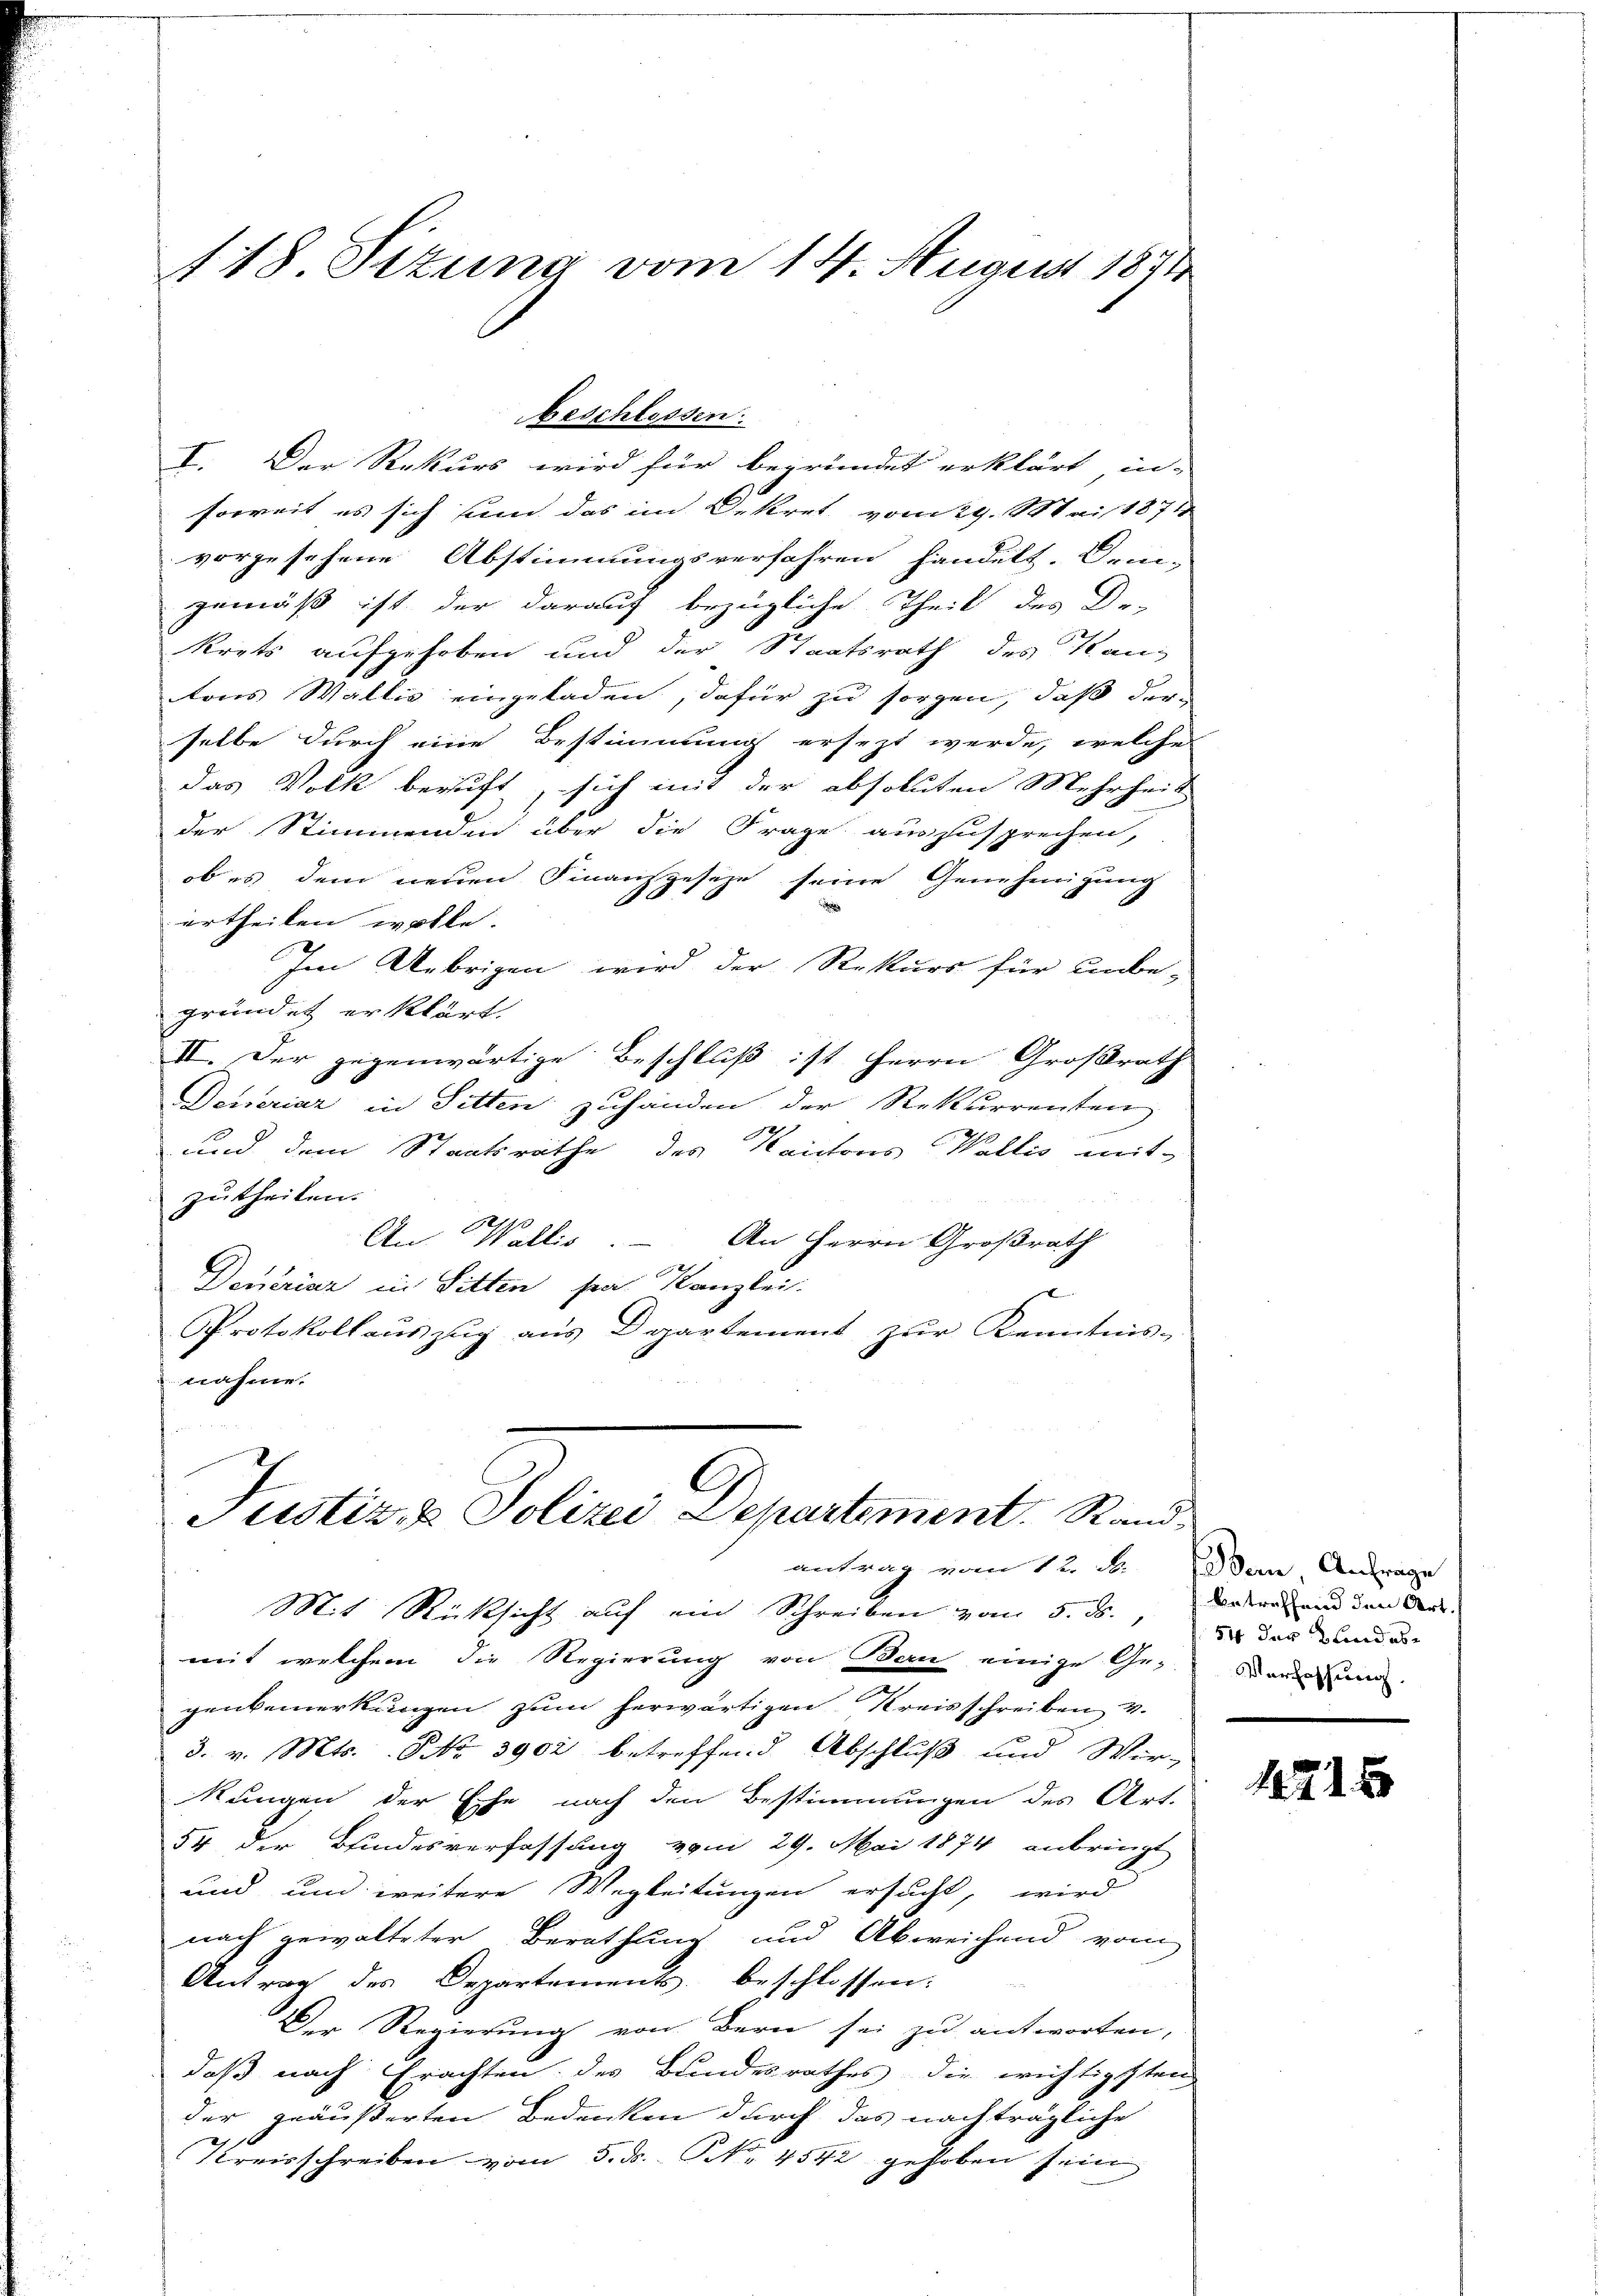
118. Situng vom 14. August 1871

I. Der Rekurs wird für begründet erklärt, in-
soweit es sich und das im Dekret vom 29. Mai 1871
vorgesehene Abstimmungsverfahren handelt. Dreie-
gemäß ist der darauf bezügliche Theil des De-
krets aufgehoben und der Staatsrath des Kantons Wallis eingeladen, dafür zu sorgen, daß der
selbe durch eine Bestimmung ersezt werde, welche
das Volk beruft, sich mit der absoluten Mehrheit
der Stimmenden über die Frage auszusprechen,
ob es dem neuen Finanzgeseze seine Genehmigung
e
ertheilen wolle.
Im Uebrigen wird der Rekurs für unbe-
gründet erklärt.
II. Der gegenwärtige Beschluß ist Herrn Großrath
Generiar in Sitten zuhanden der Rekurrenten
und dem Staatsräthe des Kantons Wallis mit-
zutheilen.
An Wallis. – An Herrn Großrath
Deueriar in Sitten sei Kanzlei.
x
Protokollaŭszŭg ans Departement zŭr Kenntnis-
nahme.

beschlossen.

Justiz- & Polizei Departement. Randantrag vom 12. d. Bern, Anfrage

Mit Rücksicht auf ein Schreiben vom 5. ds.,
mit welchem die Regierung von Bern einige Ge-
genbemerkungen zum herwärtigen Kreisschreiben 4.
3. v. Mts. NNo. 3902 betreffend Abschluß und Wir-
Rangen der Ehe nach den Bestimmungen des Art.
54 der Bindesverfassung vom 29. Mai 1874 anbringt
und und weitere Wegleitungen ersucht, wird
nach gewalteter Berathung und Abweichend vom
Antrag des Departements beschlossen:
Der Regierung von Bern sei zu antworten,
daß nach Erachten des Bundesrathes die wichtigsten
der geäußerten Bedenken durch das nachträgliche
x
Kreisschreiben vom 5. d. NNo. 4542 gehoben sein

betreffend den Art.
54 das Bundes¬
Verfassung.

1215